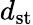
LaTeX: d_{\mathrm{st}}